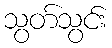
သွတ်သွင်း